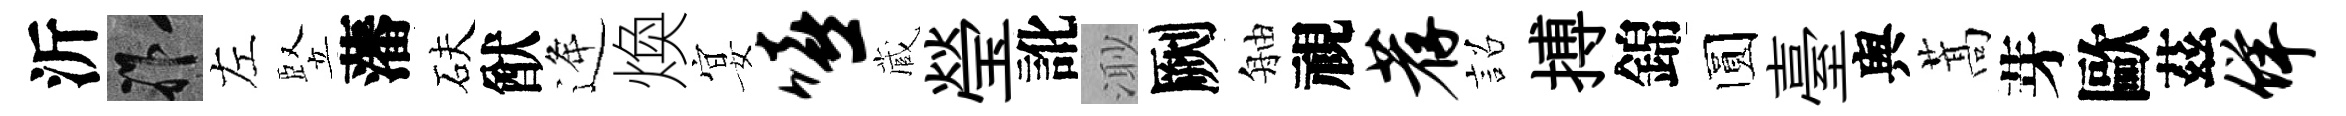
沂祚左竪藩砆猷逄煥宴嘻蔵瑩訛𣺌劂舳視荐詔搏錦圆臺舆蒿芽歐茲佯